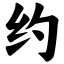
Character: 约